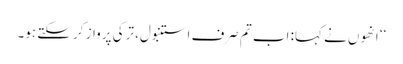
‘‘ انھوں نے کہا: اب تم صرف استنبول، ترکی پرواز کر سکتے ہو۔